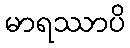
မာရဿာပိ